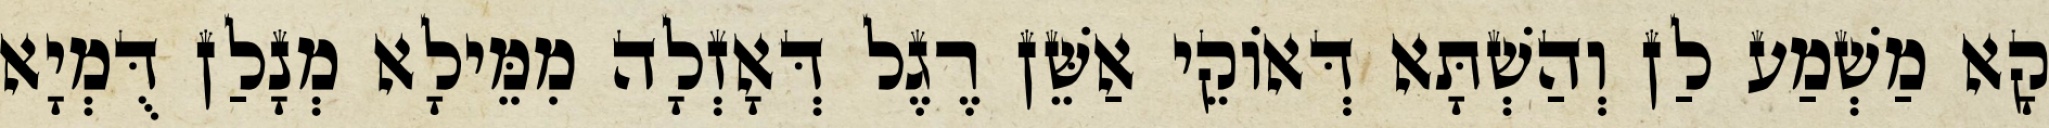
קָא מַשְׁמַע לַן וְהַשְׁתָּא דְּאוֹקֵי אַשֵּׁן רֶגֶל דְּאָזְלָה מִמֵּילָא מְנָלַן דֻּמְיָא